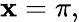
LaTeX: \mathbf{x}=\pi,